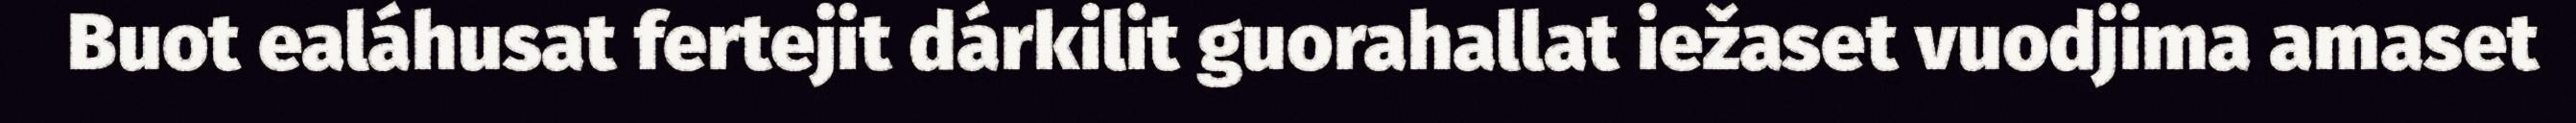
Buot ealáhusat fertejit dárkilit guorahallat iežaset vuodjima amaset